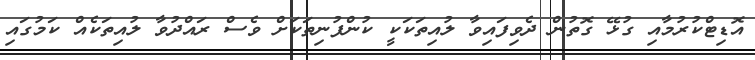
އޮޑިޓްކުރުމާއި ގުޅޭ ގޮތުން ދެވިފައިވާ ލުއިތަކަކީ ކުންފުނިތަކަށް ވެސް ރައްދުވާ ލުއިތަކެއް ކަމުގައި